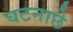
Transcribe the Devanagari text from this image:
घटनाछे